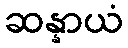
ဆန္နာယံ